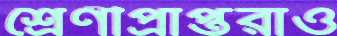
শ্রেণীপ্রাপ্তরাও